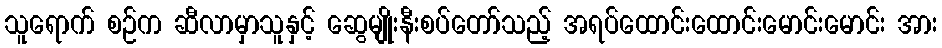
သူရောက် စဉ်က ဆီလာမှာသူနှင့် ဆွေမျိုးနီးစပ်တော်သည့် အရပ်ထောင်းထောင်းမောင်းမောင်း အား